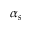
\alpha _ { s }